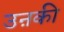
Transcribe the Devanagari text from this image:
उऩकी